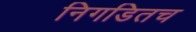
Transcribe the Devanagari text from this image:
निगडितच